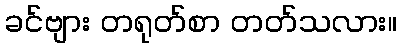
ခင်ဗျား တရုတ်စာ တတ်သလား။